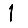
Digit: 1